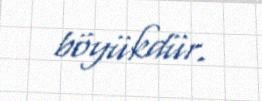
böyükdür.